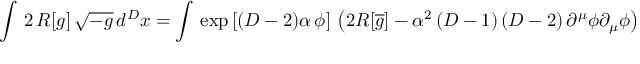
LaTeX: \int \, 2 \, R [ g ] \, \sqrt { - g } \, d ^ { D } x = \int \, \exp \left[ ( D - 2 ) \alpha \, \phi \right] \, \left( 2 R [ \overline { { { g } } } ] - \alpha ^ { 2 } \left( D - 1 \right) \left( D - 2 \right) \partial ^ { \mu } \phi \partial _ { \mu } \phi \right) \sqrt { - \overline { { { g } } } } \, d ^ { D } x